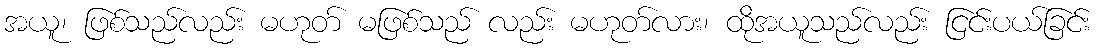
အယူ၊ ဖြစ်သည်လည်း မဟုတ် မဖြစ်သည် လည်း မဟုတ်လား၊ ထိုအယူသည်လည်း ငြင်းပယ်ခြင်း